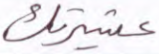
عشيرتك